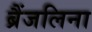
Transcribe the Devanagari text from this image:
ब्रैंजलिना